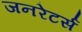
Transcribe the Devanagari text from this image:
जनरेटर्स